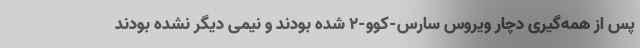
پس از همه‌گیری دچار ویروس سارس-کوو-۲ شده بودند و نیمی دیگر نشده بودند